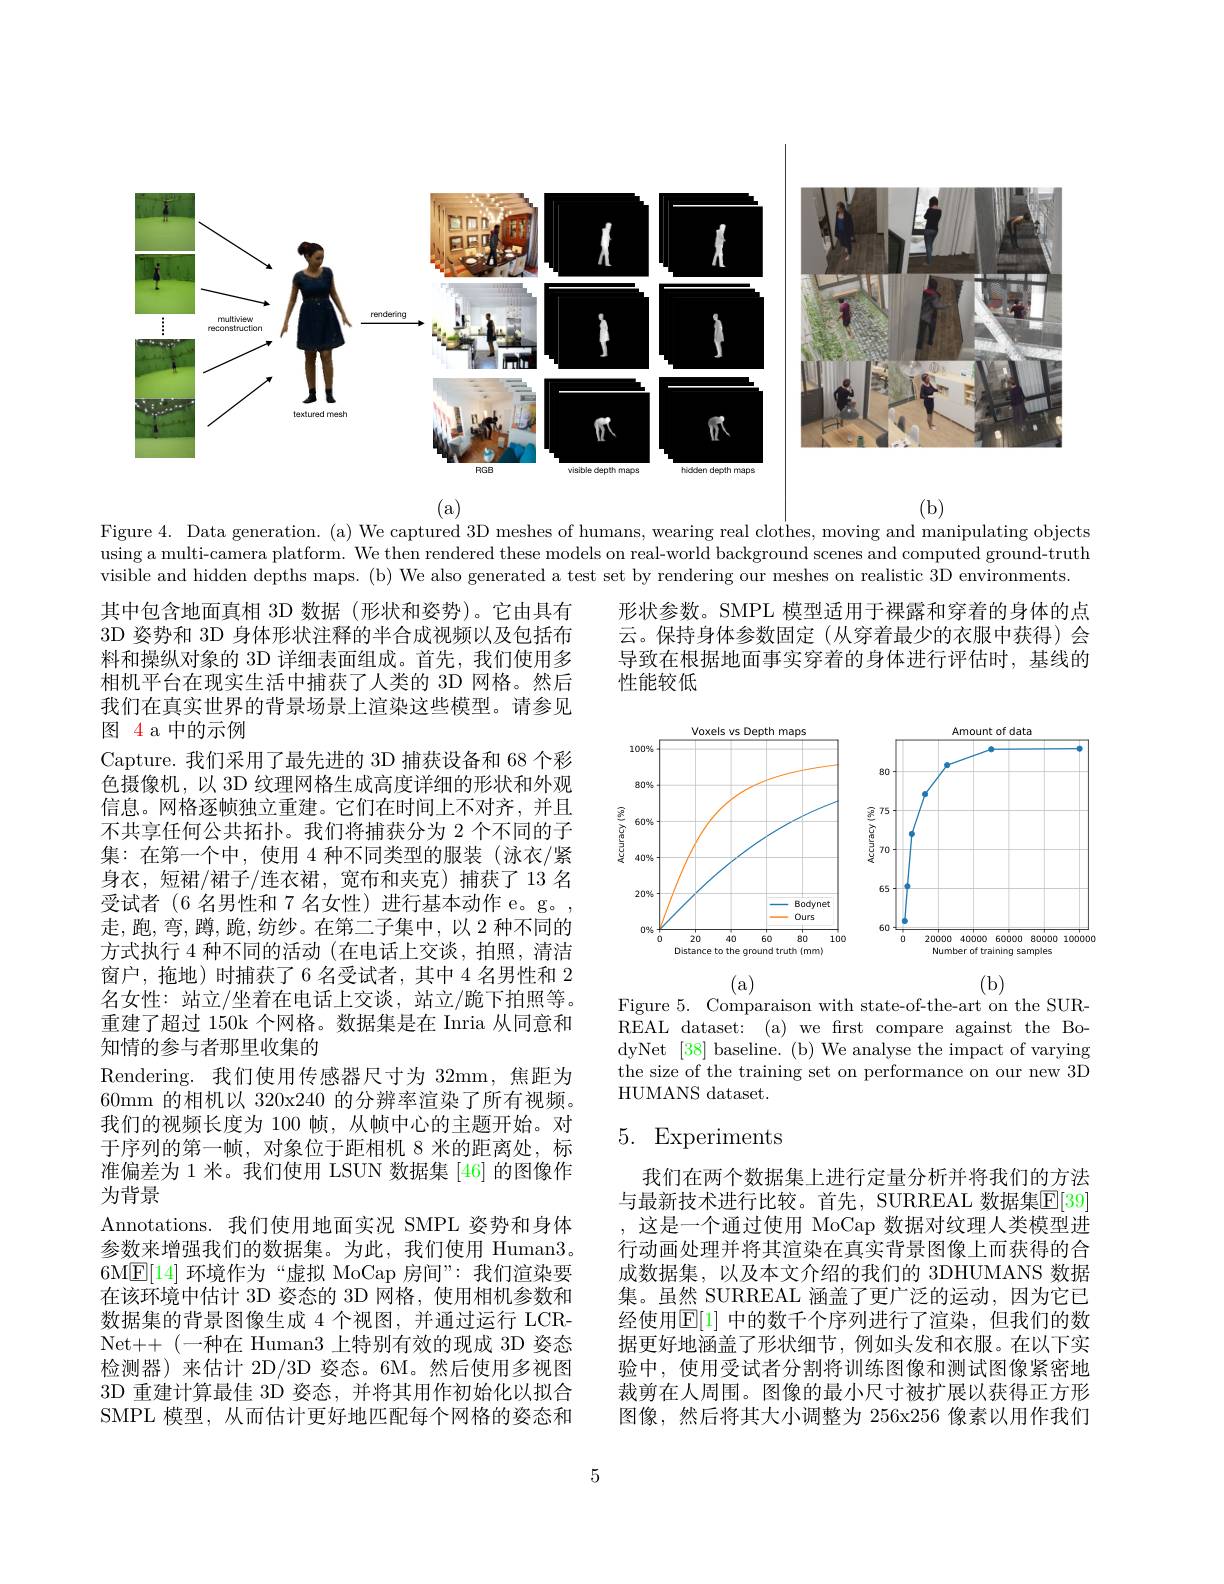
<FigureHere>

Figure 4. Data generation. (a) We captured 3D meshes of humans, wearing real clothes, moving and manipulating objects using a multi-camera platform. We then rendered these models on real-world background scenes and computed ground-truth visible and hidden depths maps. (b) We also generated a test set by rendering our meshes on realistic 3D environments.

形状参数。SMPL 模型适用于裸露和穿着的身体的点云。保持身体参数固定(从穿着最少的衣服中获得)会导致在根据地面事实穿着的身体进行评估时，基线的性能较低

<FigureHere>

其中包含地面真相 3D 数据(形状和姿势)。它由具有3D 姿势和 3D 身体形状注释的半合成视频以及包括布料和操纵对象的 3D 详细表面组成。首先，我们使用多相机平台在现实生活中捕获了人类的 3D 网格。然后我们在真实世界的背景场景上渲染这些模型。请参见图 4 a 中的示例
Capture. 我们采用了最先进的 3D 捕获设备和 68 个彩色摄像机，以 3D 纹理网格生成高度详细的形状和外观信息。网格逐帧独立重建。它们在时间上不对齐，并且不共享任何公共拓扑。我们将捕获分为 2 个不同的子集：在第一个中，使用 4 种不同类型的服装(泳衣/紧身衣，短裙/裙子/连衣裙，宽布和夹克)捕获了13 名受试者(6 名男性和 7 名女性) 进行基本动作 e。g。走，跑，弯，蹲，跪，纺纱。在第二子集中，以 2 种不同的方式执行 4 种不同的活动 (在电话上交谈，拍照，清洁窗户，拖地)时捕获了6名受试者，其中4名男性和 2名女性：站立/坐着在电话上交谈，站立/跪下拍照等。重建了超过 150k 个网格。数据集是在 Inria 从同意和知情的参与者那里收集的
Rendering. 我们使用传感器尺寸为 32mm, 焦距为60mm 的相机以 320x240 的分辨率渲染了所有视频。我们的视频长度为 100 帧，从帧中心的主题开始。对于序列的第一帧，对象位于距相机 8 米的距离处，标准偏差为 1 米。我们使用 LSUN 数据集 [46] 的图像作为背景
Annotations.我们使用地面实况 SMPL 姿势和身体参数来增强我们的数据集。为此，我们使用 Human3。6M$\boxed{\mathrm{F}}[14]$环境作为“虚拟 MoCap 房间”:我们渲染要在该环境中估计 3D 姿态的 3D 网格，使用相机参数和数据集的背景图像生成 4 个视图，并通过运行 LCRNet++ (一种在 Human3 上特别有效的现成 3D 姿态检测器)来估计 2D/3D 姿态。6M。然后使用多视图3D 重建计算最佳 3D 姿态，并将其用作初始化以拟合SMPL 模型，从而估计更好地匹配每个网格的姿态和

(a)
(b)
Figure 5. Comparaison with state-of-the-art on the SURREAL dataset: (a) we first compare against the BodyNet [38] baseline. (b) We analyse the impact of varying the size of the training set on performance on our new 3D HUMANS dataset.

# 5. Experiments

我们在两个数据集上进行定量分析并将我们的方法与最新技术进行比较。首先，SURREAL 数据集$\mathbb{E}[39]$ ,这是一个通过使用 MoCap 数据对纹理人类模型进行动画处理并将其渲染在真实背景图像上而获得的合成数据集，以及本文介绍的我们的 3DHUMANS 数据集。虽然 SURREAL 涵盖了更广泛的运动，因为它已经使用$\mathbb{E}[1]$ 中的数千个序列进行了渲染，但我们的数据更好地涵盖了形状细节，例如头发和衣服。在以下实验中，使用受试者分割将训练图像和测试图像紧密地裁剪在人周围。图像的最小尺寸被扩展以获得正方形图像，然后将其大小调整为 256x256 像素以用作我们

5